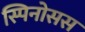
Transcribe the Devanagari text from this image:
स्पिनोसस